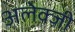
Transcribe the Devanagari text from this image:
अलेक्ज़ी